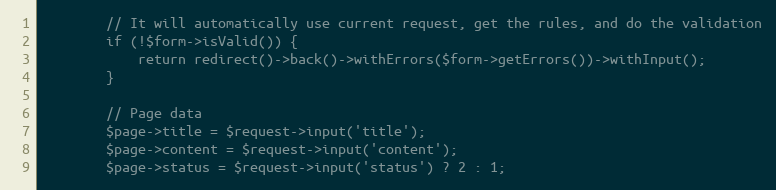
Language: PHP
        // It will automatically use current request, get the rules, and do the validation
        if (!$form->isValid()) {
            return redirect()->back()->withErrors($form->getErrors())->withInput();
        }

        // Page data
        $page->title = $request->input('title');
        $page->content = $request->input('content');
        $page->status = $request->input('status') ? 2 : 1;